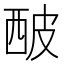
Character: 𤿢